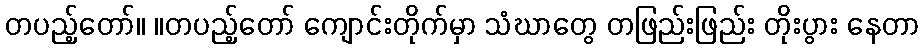
တပည့်တော်။ ။တပည့်တော် ကျောင်းတိုက်မှာ သံဃာတွေ တဖြည်းဖြည်း တိုးပွား နေတာ